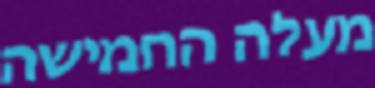
מעלה החמישה